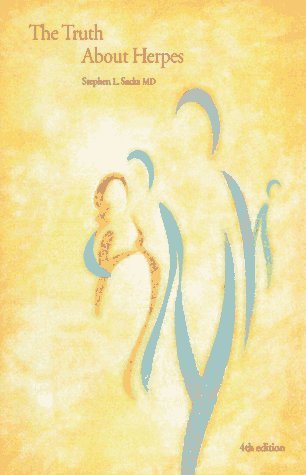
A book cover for The Truth about Herpes [Paperback] [1997] (Author) Stephen L. Sacks; Health, Fitness & Dieting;